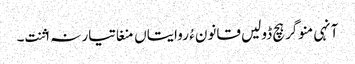
آنہی منوگر ہچ ڈولیں قانون ءُ روایتاں منغا تیار نہ اثنت۔